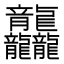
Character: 龘